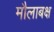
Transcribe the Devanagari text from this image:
मौलाबक्ष